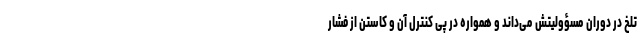
تلخ در دوران مسؤولیتش می‌داند و همواره در پی کنترل آن و کاستن از فشار